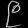
Digit: ၉